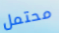
محتمل